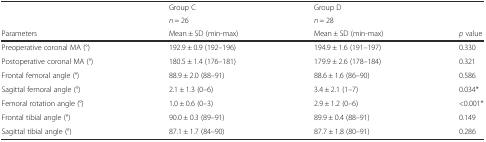
<table><thead><tr><td></td><td><b>Group C</b></td><td><b>Group D</b></td><td></td></tr><tr><td></td><td><b><i>n</i> = 26</b></td><td><b><i>n</i> = 28</b></td><td></td></tr><tr><td><b>Parameters</b></td><td><b>Mean ± SD (min-max)</b></td><td><b>Mean ± SD (min-max)</b></td><td><b><i>p</i> value</b></td></tr></thead><tbody><tr><td>Preoperative coronal MA (°)</td><td>192.9 ± 0.9 (192–196)</td><td>194.9 ± 1.6 (191–197)</td><td>0.330</td></tr><tr><td>Postoperative coronal MA (°)</td><td>180.5 ± 1.4 (176–181)</td><td>179.9 ± 2.6 (178–184)</td><td>0.321</td></tr><tr><td>Frontal femoral angle (°)</td><td>88.9 ± 2.0 (88–91)</td><td>88.6 ± 1.6 (86–90)</td><td>0.586</td></tr><tr><td>Sagittal femoral angle (°)</td><td>2.1 ± 1.3 (0–6)</td><td>3.4 ± 2.1 (1–7)</td><td>0.034*</td></tr><tr><td>Femoral rotation angle (°)</td><td>1.0 ± 0.6 (0–3)</td><td>2.9 ± 1.2 (0–6)</td><td>&lt;0.001*</td></tr><tr><td>Frontal tibial angle (°)</td><td>90.0 ± 0.3 (89–91)</td><td>89.9 ± 0.4 (88–91)</td><td>0.149</td></tr><tr><td>Sagittal tibial angle (°)</td><td>87.1 ± 1.7 (84–90)</td><td>87.7 ± 1.8 (80–91)</td><td>0.286</td></tr></tbody></table>